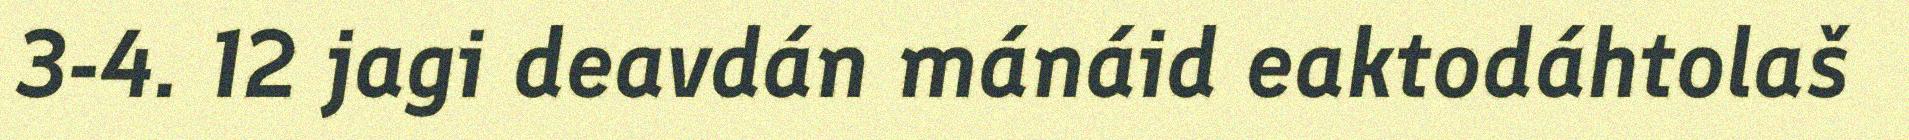
3-4. 12 jagi deavdán mánáid eaktodáhtolaš